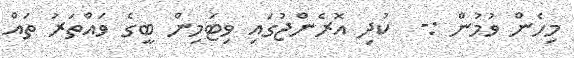
މިހެން ވުމުން :-  ކުދި އޮރެންޖުގައި ވިޓަމިން ބީގެ ވައްތަރު ތައް